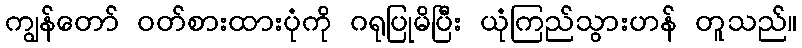
ကျွန်တော် ဝတ်စားထားပုံကို ဂရုပြုမိပြီး ယုံကြည်သွားဟန် တူသည်။